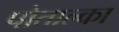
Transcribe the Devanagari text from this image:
पोताल्का